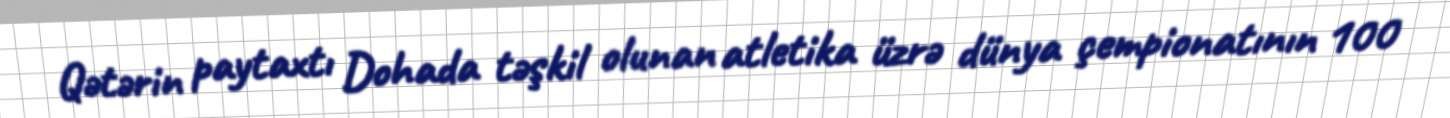
Qətərin paytaxtı Dohada təşkil olunan atletika üzrə dünya çempionatının 100